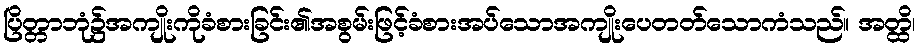
ပြိတ္တာဘုံ၌အကျိုးကိုခံစားခြင်း၏အစွမ်းဖြင့်ခံစားအပ်သောအကျိုးပေတတ်သောကံသည်။ အတ္ထိ၊